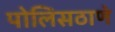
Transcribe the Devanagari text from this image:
पोलिसठाणे